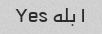
۱ بله Yes